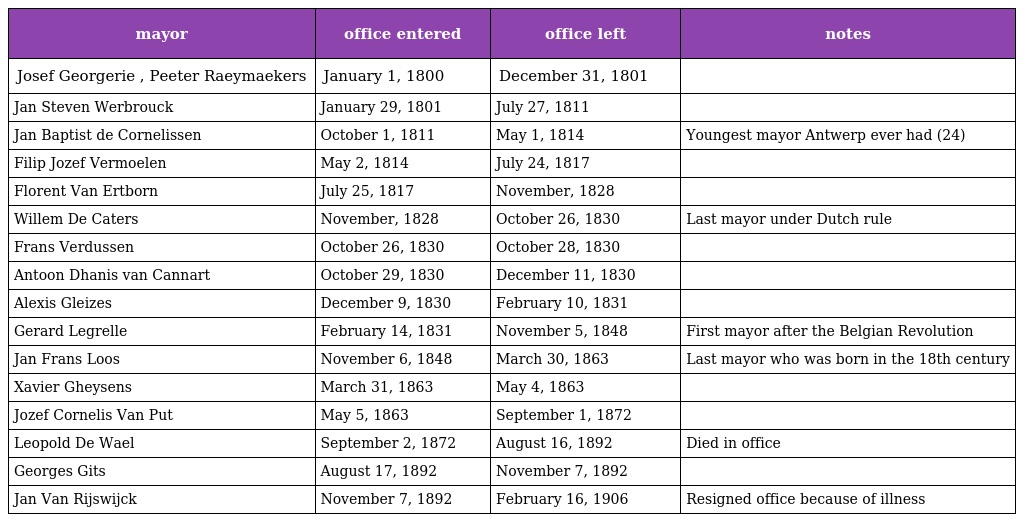
| mayor | office entered | office left | notes |
 | --- | --- | --- | --- |
 | Josef Georgerie , Peeter Raeymaekers | January 1, 1800 | December 31, 1801 |  |
 | Jan Steven Werbrouck | January 29, 1801 | July 27, 1811 |  |
 | Jan Baptist de Cornelissen | October 1, 1811 | May 1, 1814 | Youngest mayor Antwerp ever had (24) |
 | Filip Jozef Vermoelen | May 2, 1814 | July 24, 1817 |  |
 | Florent Van Ertborn | July 25, 1817 | November, 1828 |  |
 | Willem De Caters | November, 1828 | October 26, 1830 | Last mayor under Dutch rule |
 | Frans Verdussen | October 26, 1830 | October 28, 1830 |  |
 | Antoon Dhanis van Cannart | October 29, 1830 | December 11, 1830 |  |
 | Alexis Gleizes | December 9, 1830 | February 10, 1831 |  |
 | Gerard Legrelle | February 14, 1831 | November 5, 1848 | First mayor after the Belgian Revolution |
 | Jan Frans Loos | November 6, 1848 | March 30, 1863 | Last mayor who was born in the 18th century |
 | Xavier Gheysens | March 31, 1863 | May 4, 1863 |  |
 | Jozef Cornelis Van Put | May 5, 1863 | September 1, 1872 |  |
 | Leopold De Wael | September 2, 1872 | August 16, 1892 | Died in office |
 | Georges Gits | August 17, 1892 | November 7, 1892 |  |
 | Jan Van Rijswijck | November 7, 1892 | February 16, 1906 | Resigned office because of illness |